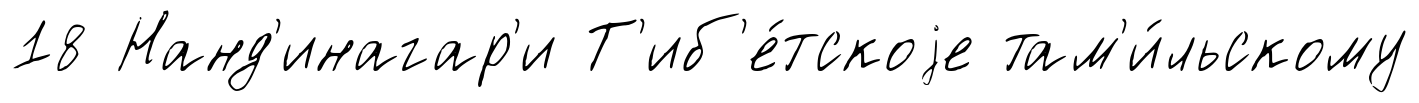
18 Нанд'инагар'и Т'иб'е́тскоjе там'и́льскому